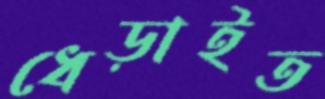
ধেড়াইত